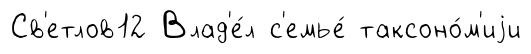
Св'етлов12 Влад'е́л с'емье́ таксоно́м'иjи